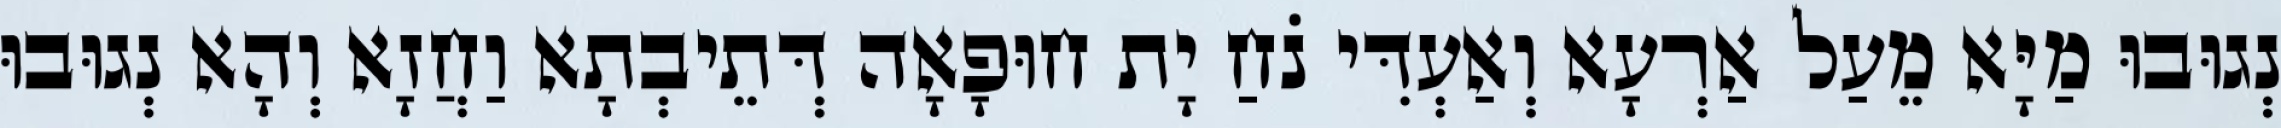
נְגוּבוּ מַיָּא מֵעַל אַרְעָא וְאַעְדִּי נֹחַ יָת חוּפָאָה דְּתֵיבְתָא וַחֲזָא וְהָא נְגוּבוּ